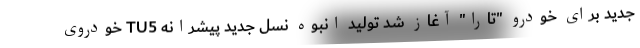
جدید برای خودرو "تارا" آغاز شد تولید انبوه نسل جدید پیشرانه TU5 خودروی